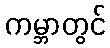
ကမ္ဘာတွင်